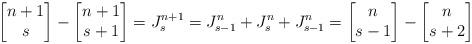
LaTeX: \begin{align*} \begin{bmatrix} n+1 \\ s \end{bmatrix} - \begin{bmatrix} n+1 \\ s+1 \end{bmatrix} = J_s^{n+1} = J_{s-1}^n + J_s^n + J_{s-1}^n = \begin{bmatrix} n \\ s-1 \end{bmatrix} - \begin{bmatrix} n \\ s+2 \end{bmatrix} \end{align*}